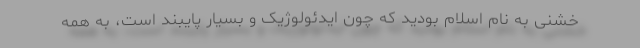
خشنی به نام اسلام بودید که چون ایدئولوژیک و بسیار پایبند است، به همه